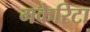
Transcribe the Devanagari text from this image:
मकेरिटा